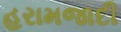
હરામજાદી